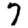
Digit: 7